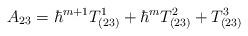
LaTeX: \begin{align*}A_{23} = \hbar^{m+1} T^1_{(23)} + \hbar^m T^2_{(23)} + T^3_{(23)}\end{align*}